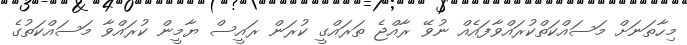
މިހާތަނަށް މަސައްކަތްކުރައްވާފައެއް ނުވޭ ރާއްޖެ ތަރައްގީ ކުރަން ރައީސް ޔާމީން ކުރައްވާ މަސައްކަތުގެ